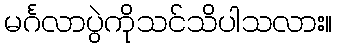
မင်္ဂလာပွဲကိုသင်သိပါသလား။